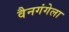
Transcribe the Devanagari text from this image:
वैनगंगेला